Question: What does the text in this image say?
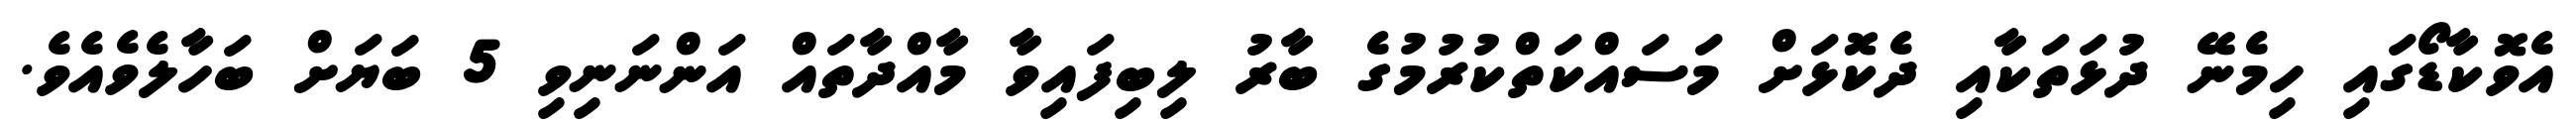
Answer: އެވޮކާޑޯގައި ހިމެނޭ ދުޅަތަކާއި ދެކޮޅަށް މަސައްކަތްކުރުމުގެ ބާރު ލިބިފައިވާ މާއްދާތައް އަންނަނިވި 5 ބަޔަށް ބަހާލެވެއެވެ.